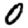
Digit: 0